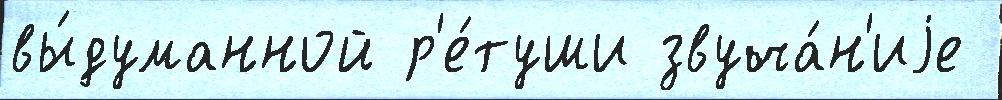
вы́думанной р'е́туши звуча́н'иjе